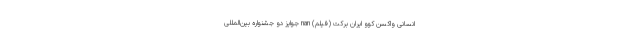
انسانی واکسن کُوو ایران برکت (فیلم) nan جوایز دو جشنواره بین‌المللی